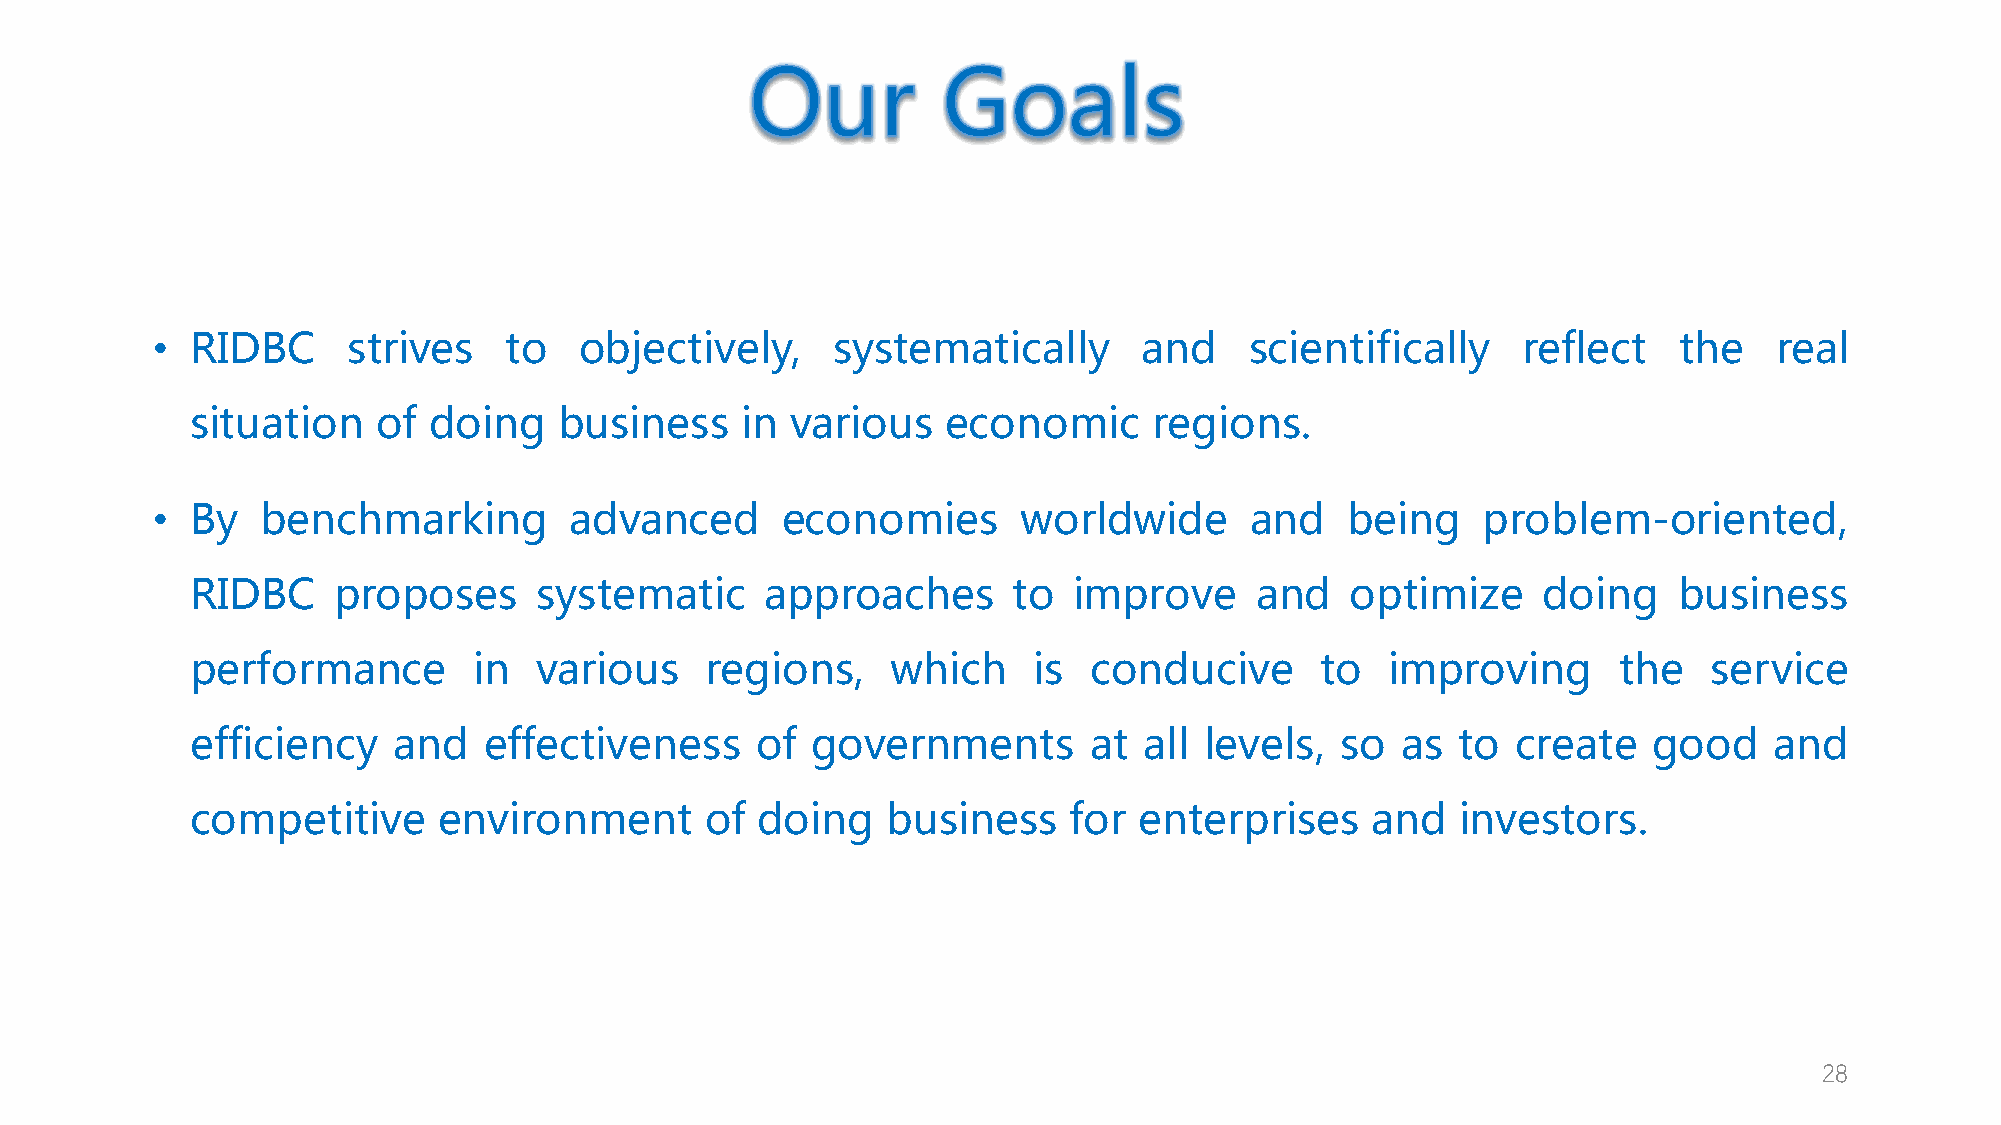
•  RIDBC     strives   to   objectively,     systematically       and    scientifically    reflect   the    real
 situation   of doing    business    in various    economic     regions.
 •  By  benchmarking         advanced      economies       worldwide      and   being    problem-oriented,
 RIDBC    proposes     systematic      approaches      to  improve     and   optimize     doing    business
 performance       in  various     regions,    which    is  conducive      to   improving      the   service
 efficiency   and   effectiveness     of  governments       at  all levels,  so  as to  create   good    and
 competitive     environment       of doing    business    for enterprises     and   investors.
 28